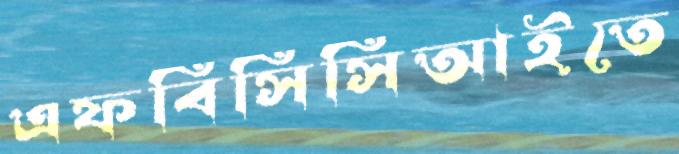
এফবিসিসিআইতে